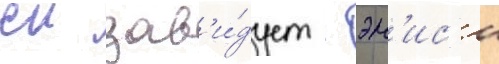
еи зав'и́дует - эн'ис'и